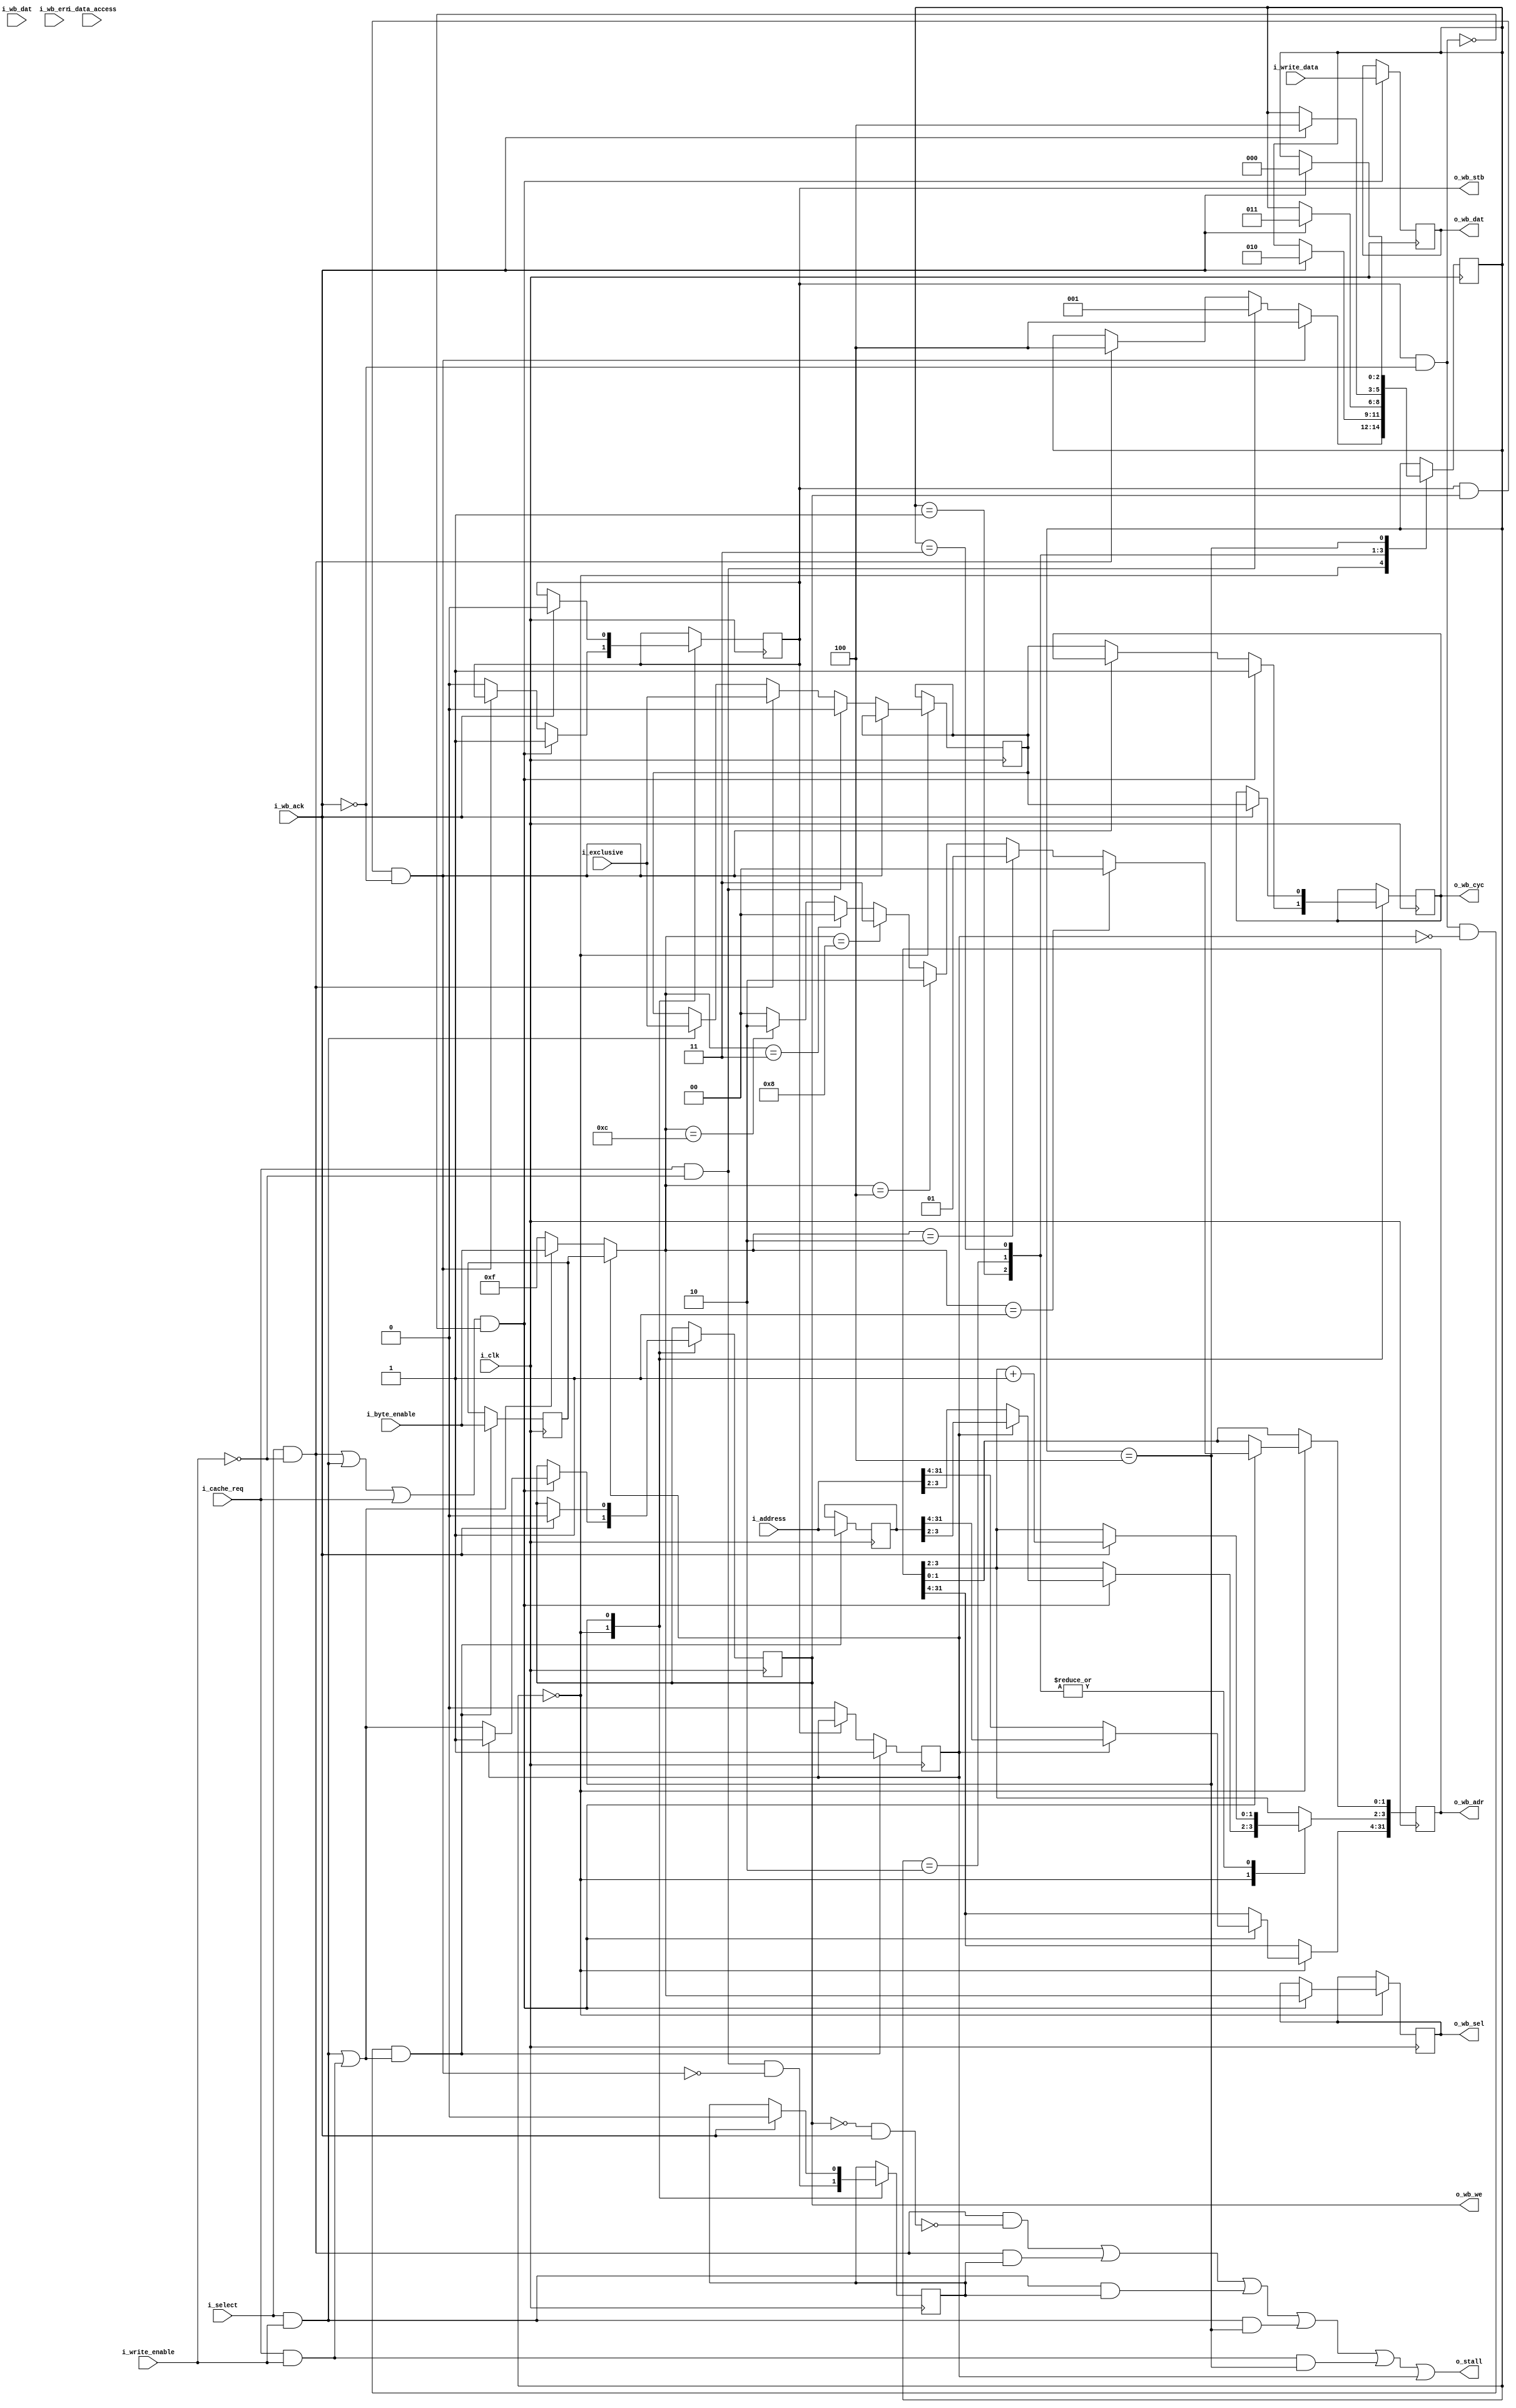
//////////////////////////////////////////////////////////////////
//                                                              //
//  Wishbone master interface for the Amber core                //
//                                                              //
//  This file is part of the Amber project                      //
//  http://www.opencores.org/project,amber                      //
//                                                              //
//  Description                                                 //
//  Turns memory access requests from the execute stage and     //
//  cache into wishbone bus cycles. For 4-word read requests    //
//  from the cache and swap accesses ( read followed by write   //
//  to the same address) from the execute stage,                //
//  a block transfer is done. All other requests result in      //
//  single word transfers.                                      //
//                                                              //
//  Write accesses can be done in a single clock cycle on       //
//  the wishbone bus, is the destination allows it. The         //
//  next transfer will begin immediately on the                 //
//  next cycle on the bus. This looks like a block transfer     //
//  and does hold ownership of the wishbone bus, preventing     //
//  the other master ( the ethernet MAC) from gaining           //
//  ownership between those two cycles. But otherwise it would  //
//  be necessary to insert a wait cycle after every write,      //
//  slowing down the performance of the core by around 5 to     //
//  10%.                                                        //
//                                                              //
//  Author(s):                                                  //
//      - Conor Santifort, csantifort.amber@gmail.com           //
//                                                              //
//////////////////////////////////////////////////////////////////
//                                                              //
// Copyright (C) 2010 Authors and OPENCORES.ORG                 //
//                                                              //
// This source file may be used and distributed without         //
// restriction provided that this copyright statement is not    //
// removed from the file and that any derivative work contains  //
// the original copyright notice and the associated disclaimer. //
//                                                              //
// This source file is free software; you can redistribute it   //
// and/or modify it under the terms of the GNU Lesser General   //
// Public License as published by the Free Software Foundation; //
// either version 2.1 of the License, or (at your option) any   //
// later version.                                               //
//                                                              //
// This source is distributed in the hope that it will be       //
// useful, but WITHOUT ANY WARRANTY; without even the implied   //
// warranty of MERCHANTABILITY or FITNESS FOR A PARTICULAR      //
// PURPOSE.  See the GNU Lesser General Public License for more //
// details.                                                     //
//                                                              //
// You should have received a copy of the GNU Lesser General    //
// Public License along with this source; if not, download it   //
// from http://www.opencores.org/lgpl.shtml                     //
//                                                              //
//////////////////////////////////////////////////////////////////


module a23_wishbone
(
input                       i_clk,

// Core Accesses to Wishbone bus
input                       i_select,
input       [31:0]          i_write_data,
input                       i_write_enable,
input       [3:0]           i_byte_enable,    // valid for writes only
input                       i_data_access,
input                       i_exclusive,      // high for read part of swap access
input       [31:0]          i_address,
output                      o_stall,

// Cache Accesses to Wishbone bus
input                       i_cache_req,

// Wishbone Bus
output reg  [31:0]          o_wb_adr = 'd0,
output reg  [3:0]           o_wb_sel = 'd0,
output reg                  o_wb_we  = 'd0,
input       [31:0]          i_wb_dat,
output reg  [31:0]          o_wb_dat = 'd0,
output reg                  o_wb_cyc = 'd0,
output reg                  o_wb_stb = 'd0,
input                       i_wb_ack,
input                       i_wb_err

);


localparam [3:0] WB_IDLE            = 3'd0,
                 WB_BURST1          = 3'd1,
                 WB_BURST2          = 3'd2,
                 WB_BURST3          = 3'd3,
                 WB_WAIT_ACK        = 3'd4;

reg     [2:0]               wishbone_st = WB_IDLE;

wire                        core_read_request;
wire                        core_write_request;
wire                        cache_read_request;
wire                        cache_write_request;
wire                        start_access;
reg                         servicing_cache = 'd0;
wire    [3:0]               byte_enable;
reg                         exclusive_access = 'd0;
wire                        read_ack;
wire                        wait_write_ack;
wire                        wb_wait;

// Write buffer
reg     [31:0]              wbuf_addr_r = 'd0;
reg     [3:0]               wbuf_sel_r  = 'd0;
reg                         wbuf_busy_r = 'd0;


assign read_ack             = !o_wb_we && i_wb_ack;
assign o_stall              = ( core_read_request  && !read_ack )       || 
                              ( core_read_request  && servicing_cache ) ||
                              ( core_write_request && servicing_cache ) ||
                              ( core_write_request && wishbone_st == WB_WAIT_ACK) ||
                              ( cache_write_request && wishbone_st == WB_WAIT_ACK) ||
                              wbuf_busy_r;

                              // Don't stall on writes
                              // Wishbone is doing burst read so make core wait to execute the write
                              // ( core_write_request && !i_wb_ack )  ;
                              
assign core_read_request    = i_select && !i_write_enable;
assign core_write_request   = i_select &&  i_write_enable;

assign cache_read_request   = i_cache_req && !i_write_enable;
assign cache_write_request  = i_cache_req &&  i_write_enable;

assign wb_wait              = o_wb_stb && !i_wb_ack;
assign start_access         = (core_read_request || core_write_request || i_cache_req) && !wb_wait ;

// For writes the byte enable is always 4'hf
assign byte_enable          = wbuf_busy_r                                   ? wbuf_sel_r    :
                              ( core_write_request || cache_write_request ) ? i_byte_enable : 
                                                                              4'hf          ;
                                    


// ======================================
// Write buffer
// ======================================


always @( posedge i_clk )
    if ( wb_wait && !wbuf_busy_r && (core_write_request || cache_write_request) )
        begin
        wbuf_addr_r <= i_address;
        wbuf_sel_r  <= i_byte_enable;
        wbuf_busy_r <= 1'd1;
        end
    else if (!o_wb_stb)
        wbuf_busy_r <= 1'd0;
    
// ======================================
// Register Accesses
// ======================================
always @( posedge i_clk )
    if ( start_access )
        o_wb_dat <= i_write_data;


assign wait_write_ack = o_wb_stb && o_wb_we && !i_wb_ack;


always @( posedge i_clk )
    case ( wishbone_st )
        WB_IDLE :
            begin 
                
            if ( start_access )
                begin
                o_wb_stb            <= 1'd1; 
                o_wb_cyc            <= 1'd1; 
                o_wb_sel            <= byte_enable;
                end
            else if ( !wait_write_ack )
                begin
                o_wb_stb            <= 1'd0;
                
                // Hold cyc high after an exclusive access
                // to hold ownership of the wishbone bus
                o_wb_cyc            <= exclusive_access;
                end

            // cache has priority over the core                     
            servicing_cache <= cache_read_request && !wait_write_ack;

            if ( wait_write_ack )
                begin
                // still waiting for last (write) access to complete
                wishbone_st      <= WB_WAIT_ACK;
                end  
            // do a burst of 4 read to fill a cache line                   
            else if ( cache_read_request )
                begin
                wishbone_st         <= WB_BURST1;
                exclusive_access    <= 1'd0;
                end                    
            else if ( core_read_request )
                begin
                wishbone_st         <= WB_WAIT_ACK;
                exclusive_access    <= i_exclusive;
                end                    
           // The core does not currently issue exclusive write requests
           // but there's no reason why this might not be added some
           // time in the future so allow for it here
            else if ( core_write_request )
                exclusive_access <= i_exclusive;

                            
            if ( start_access )
                begin
                if (wbuf_busy_r)
                    begin
                    o_wb_we              <= 1'd1;
                    o_wb_adr[31:2]       <= wbuf_addr_r[31:2];
                    end
                else
                    begin
                    o_wb_we              <= core_write_request || cache_write_request;
                    // only update these on new wb access to make debug easier
                    o_wb_adr[31:2]       <= i_address[31:2];
                    end
                    
                o_wb_adr[1:0]        <= byte_enable == 4'b0001 ? 2'd0 :
                                        byte_enable == 4'b0010 ? 2'd1 :
                                        byte_enable == 4'b0100 ? 2'd2 :
                                        byte_enable == 4'b1000 ? 2'd3 :
                                       
                                        byte_enable == 4'b0011 ? 2'd0 :
                                        byte_enable == 4'b1100 ? 2'd2 :
                                       
                                                                 2'd0 ;
                end
            end
                    

        // Read burst, wait for first ack
        WB_BURST1:  
            if ( i_wb_ack )
                begin
                // burst of 4 that wraps
                o_wb_adr[3:2]   <= o_wb_adr[3:2] + 1'd1;
                wishbone_st     <= WB_BURST2;
                end
            
            
        // Read burst, wait for second ack
        WB_BURST2:  
            if ( i_wb_ack )
                begin
                // burst of 4 that wraps
                o_wb_adr[3:2]   <= o_wb_adr[3:2] + 1'd1;
                wishbone_st     <= WB_BURST3;
                end
            
            
        // Read burst, wait for third ack
        WB_BURST3:  
            if ( i_wb_ack )
                begin
                // burst of 4 that wraps
                o_wb_adr[3:2]   <= o_wb_adr[3:2] + 1'd1;
                wishbone_st     <= WB_WAIT_ACK;
                end


        // Wait for the wishbone ack to be asserted
        WB_WAIT_ACK:   
            if ( i_wb_ack )
                begin
                wishbone_st         <= WB_IDLE;
                o_wb_stb            <= 1'd0; 
                o_wb_cyc            <= exclusive_access; 
                o_wb_we             <= 1'd0;
                servicing_cache     <= 1'd0;
                end
                         
    endcase
        
        

// ========================================================
// Debug Wishbone bus - not synthesizable
// ========================================================
//synopsys translate_off
wire    [(14*8)-1:0]   xAS_STATE;


assign xAS_STATE  = wishbone_st == WB_IDLE       ? "WB_IDLE"       :
                    wishbone_st == WB_BURST1     ? "WB_BURST1"     :
                    wishbone_st == WB_BURST2     ? "WB_BURST2"     :
                    wishbone_st == WB_BURST3     ? "WB_BURST3"     :
                    wishbone_st == WB_WAIT_ACK   ? "WB_WAIT_ACK"   :
                                                      "UNKNOWN"       ;

//synopsys translate_on
    
endmodule